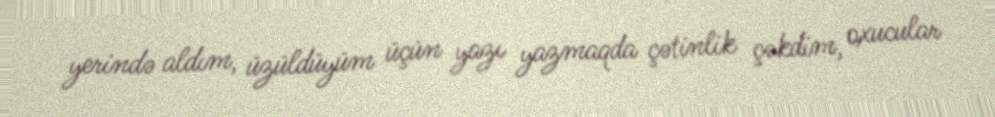
yerində aldım, üzüldüyüm üçün yazı yazmaqda çətinlik çəkdim, oxucular